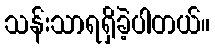
သန်းသာရရှိခဲ့ပါတယ်။